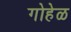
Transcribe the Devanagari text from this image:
गोहेळ